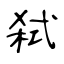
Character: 弑